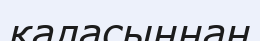
қаласыннан